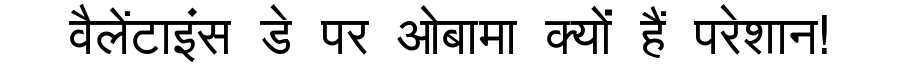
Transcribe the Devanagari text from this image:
वैलेंटाइंस डे पर ओबामा क्यों हैं परेशान!